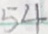
5 4